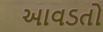
આવડતો